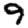
Digit: 9